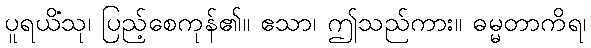
ပူရယိံသု၊ ပြည့်စေကုန်၏။ ဧသာ၊ ဤသည်ကား။ ဓမ္မတာကိရ၊